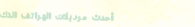
أحدث موديلات الهواتف الذك